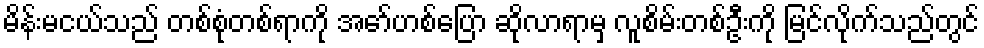
မိန်းမငယ်သည် တစ်စုံတစ်ရာကို အော်ဟစ်ပြော ဆိုလာရာမှ လူစိမ်းတစ်ဦးကို မြင်လိုက်သည်တွင်